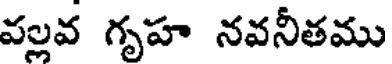
వల్లవ గృహ నవనీతము